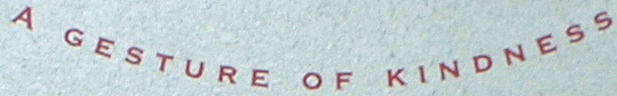
A GESTURE OF KINDNESS